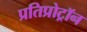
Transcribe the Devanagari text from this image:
प्रतिप्रोट्रॉन